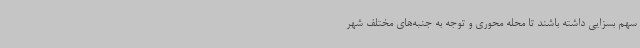
سهم بسزایی داشته باشند تا محله محوری و توجه به جنبه‌های مختلف شهر